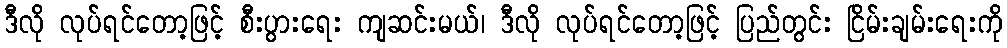
ဒီလို လုပ်ရင်တော့ဖြင့် စီးပွားရေး ကျဆင်းမယ်၊ ဒီလို လုပ်ရင်တော့ဖြင့် ပြည်တွင်း ငြိမ်းချမ်းရေးကို